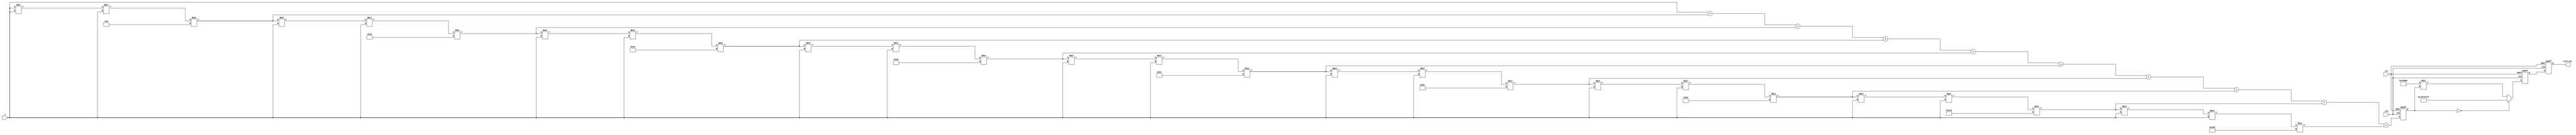
module hyperbolic_cosecant (
    input wire signed [31:0] x,         // Input signal (fixed-point representation)
    output reg signed [31:0] csch_out,  // Output signal (fixed-point representation)
    input wire clk,                      // Clock signal
    input wire rst                       // Reset signal
);

    // Parameters
    parameter FIXED_POINT_FRACTIONAL_BITS = 16; // Number of fractional bits
    parameter MAX_ITERATIONS = 10;               // Max iterations for Taylor series

    // Internal signals
    reg signed [31:0] sinh_x;                  // Intermediate sinh value
    reg signed [31:0] reciprocal;               // Reciprocal of sinh_x
    reg signed [31:0] temp;                     // Temporary variable for calculations
    integer i;

    // Function to compute sinh(x) using Taylor series
    function signed [31:0] compute_sinh;
        input signed [31:0] x;
        integer j;
        begin
            compute_sinh = x; // First term: x
            temp = x; // Initialize temp to x

            for (j = 1; j < MAX_ITERATIONS; j = j + 1) begin
                temp = (temp * x * x) / (2 * j * (2 * j + 1)); // Calculate the next term
                compute_sinh = compute_sinh + temp; // Add the term to the result
            end
        end
    endfunction

    // Function to compute reciprocal
    function signed [31:0] compute_reciprocal;
        input signed [31:0] value;
        begin
            if (value == 0) begin
                compute_reciprocal = 32'h7FFFFFFF; // Return max value to indicate overflow (infinity)
            end else begin
                compute_reciprocal = (1 << (FIXED_POINT_FRACTIONAL_BITS)) / value; // Simple reciprocal
            end
        end
    endfunction

    // Main computation process
    always @(posedge clk or posedge rst) begin
        if (rst) begin
            csch_out <= 32'b0;
            sinh_x <= 32'b0;
            reciprocal <= 32'b0;
        end else begin
            sinh_x <= compute_sinh(x); // Calculate sinh(x)
            reciprocal <= compute_reciprocal(sinh_x); // Calculate 1/sinh(x)
            csch_out <= reciprocal; // Output the csch value
        end
    end

endmodule